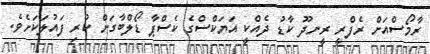
ރާމޯސްއަށް ރެފްރީ ރީނދޫ ކާޑު ދެއްކީ އަޔަކްސްގެ ކެސްޕާ ޑޯލްބާގަށް ކުރި ފައުލަކަށެވެ.